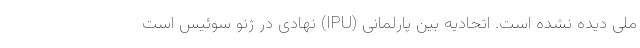
ملی دیده نشده است. اتحادیه بین پارلمانی (IPU) نهادی در ژنو سوئیس است